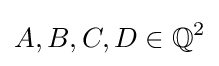
A,B,C,D\in \mathbb {Q} ^{2}